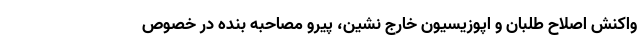
واکنش اصلاح طلبان و اپوزیسیون خارج نشین، پیرو مصاحبه بنده در خصوص